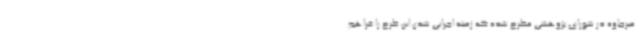
میرجاوه در شورای پژوهشی مطرح شده که زمینه اجرایی شدن این طرح را فراهم